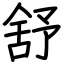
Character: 舒